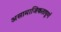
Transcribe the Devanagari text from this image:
असामाजिकतापूर्ण